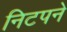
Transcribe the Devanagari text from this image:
निटपने